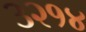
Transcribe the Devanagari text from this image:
३२१४